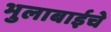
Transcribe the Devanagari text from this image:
भुलाबाईचे